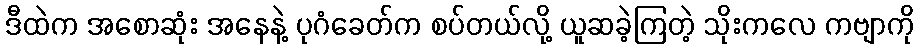
ဒီထဲက အစောဆုံး အနေနဲ့ ပုဂံခေတ်က စပ်တယ်လို့ ယူဆခဲ့ကြတဲ့ သိုးကလေ ကဗျာကို